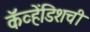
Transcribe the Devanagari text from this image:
कॅव्हेंडिशची